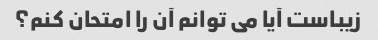
زیباست آیا می توانم آن را امتحان کنم؟